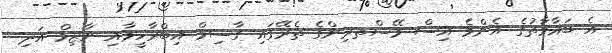
އެ ބަޣާވާތުގެ އެންމެ އިސް މޭސްތރިންގެ ތެރޭގައި ގާސިމް އިބްރާހީމާއި ނާޒިމް އަދި